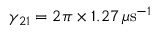
\gamma _ { 2 1 } = 2 \pi \times 1 . 2 7 \, \mu \mathrm { s } ^ { - 1 }